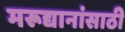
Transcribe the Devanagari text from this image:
मरूद्यानांसाठी